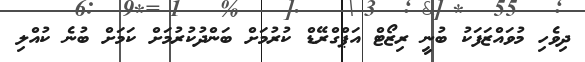
ދިވެހި މުވައްޒަފަކު ބުނީ ރިޒޯޓް އަޕްގްރޭޑް ކުރުމަށް ބަންދުކުރުމަށް ކަމަށް ބުނެ ކުއްލި